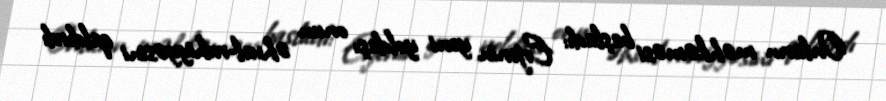
Onların məhkəməsi başladı: Erjenin yeni yoldaşı onun əhval-ruhiyyəsini qaldırdı